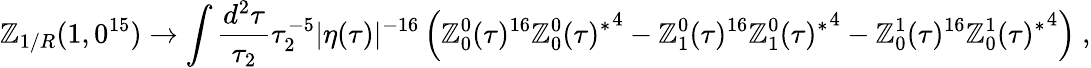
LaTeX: \mathbb{Z}_{1/R}(1,0^{15})\to\int\frac{{d^{2}\tau}}{{\tau_{2}}}\tau_{2}^{-5}|\eta(\tau)|^{-16}\left(\mathbb{Z}_{0}^{0}(\tau)^{16}{\mathbb{Z}_{0}^{0}(\tau)^{*}}^{4}-\mathbb{Z}_{1}^{0}(\tau)^{16}{\mathbb{Z}_{1}^{0}(\tau)^{*}}^{4}-\mathbb{Z}_{0}^{1}(\tau)^{16}{\mathbb{Z}_{0}^{1}(\tau)^{*}}^{4}\right)\ ,